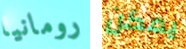
رومانيا يمكن